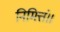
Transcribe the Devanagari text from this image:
निमित्तं॥